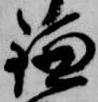
鎌